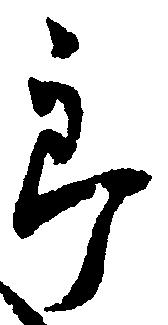
郎